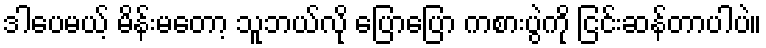
ဒါပေမယ့် မိန်းမတော့ သူဘယ်လို ပြောပြော ကစားပွဲကို ငြင်းဆန်တာပါပဲ။